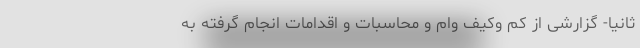
ثانیاً- گزارشی از کم وکیف وام و محاسبات و اقدامات انجام گرفته به